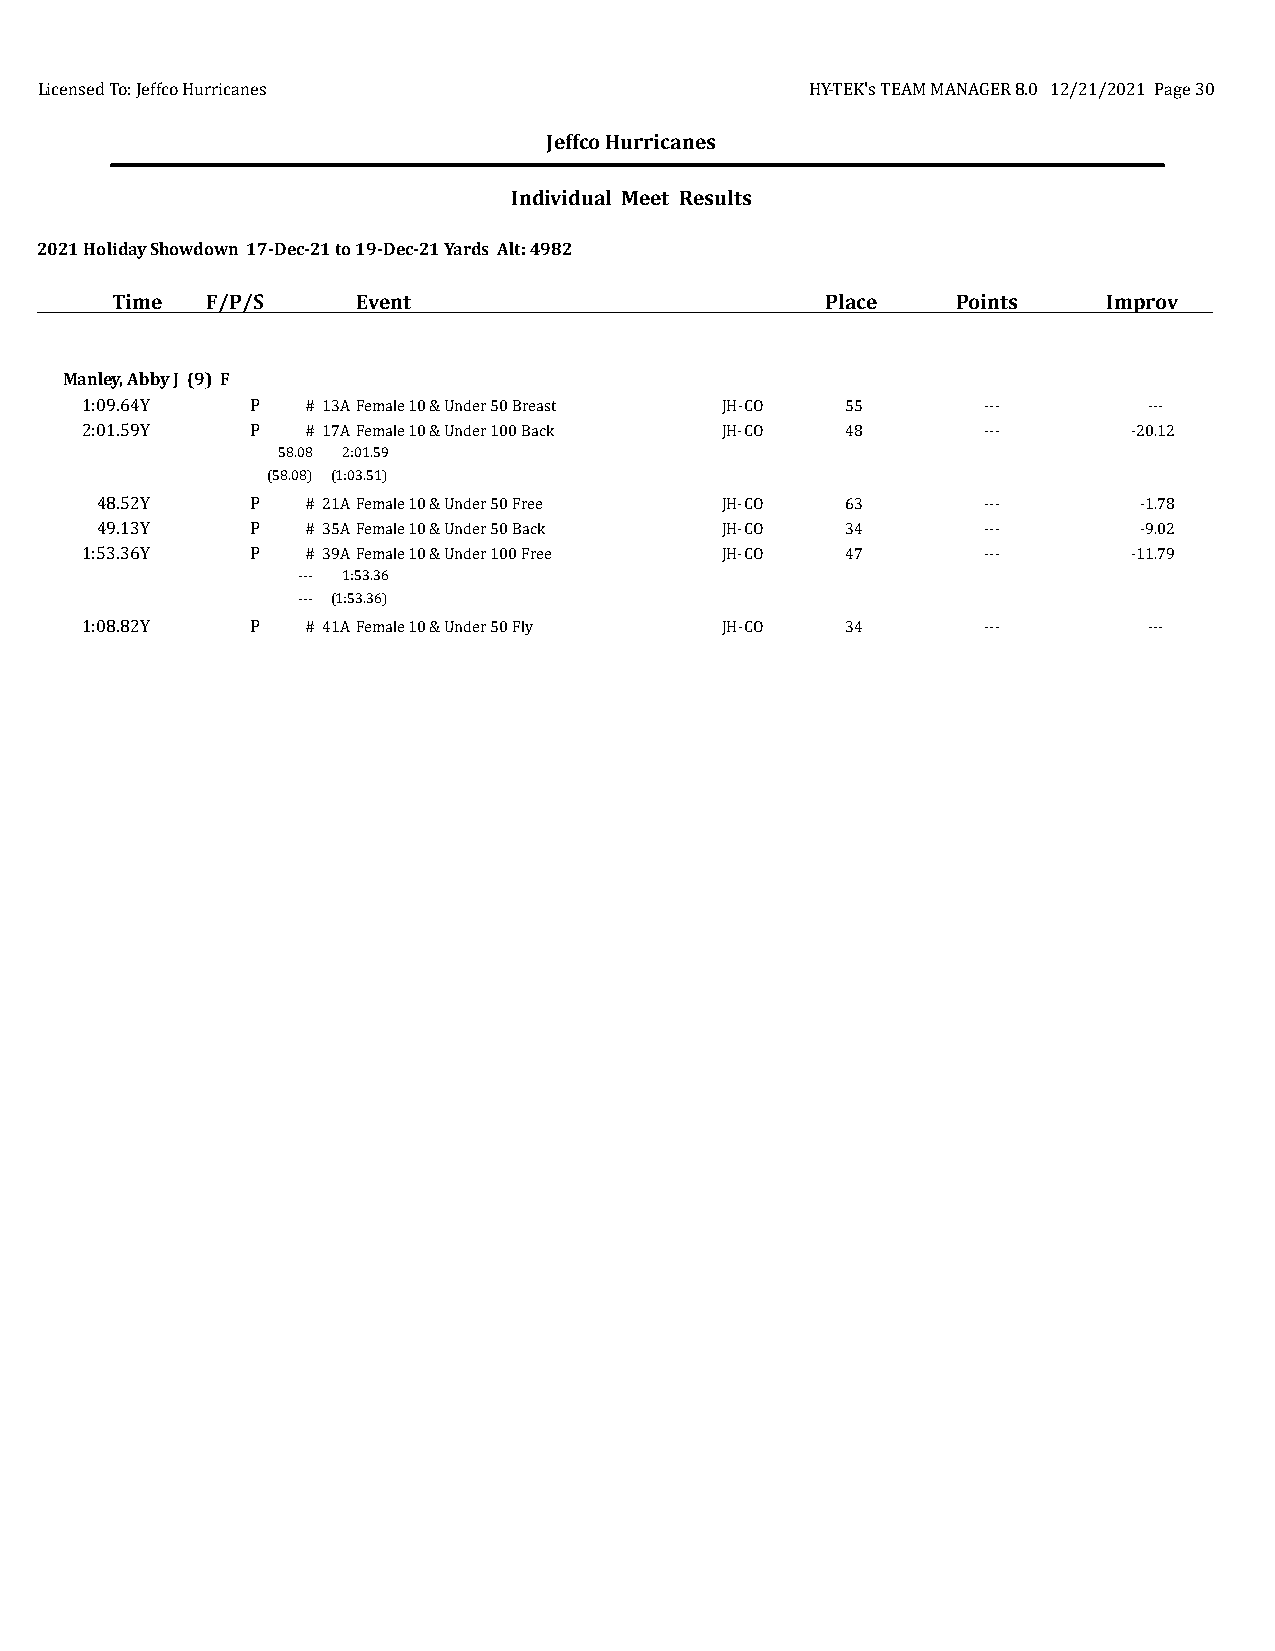
Licensed To: Jeffco Hurricanes                      HY-TEK's TEAM MANAGER 8.0 12/21/2021 Page 30
 Jeffco Hurricanes
 Individual Meet Results
 2021 Holiday Showdown 17-Dec-21 to 19-Dec-21 Yards Alt: 4982
 Time   F/P/S     Event                          Place   Points    Improv
 Manley, Abby J (9) F
 1:09.64Y    P  # 13AFemale 10 & Under 50 Breast JH-CO 55    ---        ---
 2:01.59Y    P  # 17AFemale 10 & Under 100 Back JH-CO 48     ---       -20.12
 58.08 2:01.59
 (58.08) (1:03.51)
 48.52Y     P  # 21AFemale 10 & Under 50 Free JH-CO 63      ---       -1.78
 49.13Y     P  # 35AFemale 10 & Under 50 Back JH-CO 34      ---       -9.02
 1:53.36Y    P  # 39AFemale 10 & Under 100 Free JH-CO 47     ---       -11.79
 --- 1:53.36
 --- (1:53.36)
 1:08.82Y    P  # 41AFemale 10 & Under 50 Fly JH-CO 34       ---        ---